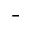
^ \textmd { - }